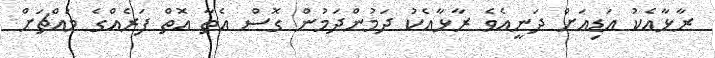
ރާޅާއެކު އަޑިއަށް ދަނީއެވެ ރާޅާއެކު ދަމުންދަމުން ގޮސް އެތާ އޮތް ފަރެއްގެ މައްޗަށް